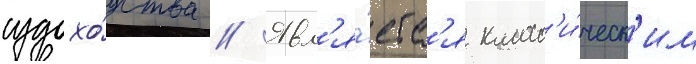
судохо́дства // Явл'я́етс'я класс'и́ческ'им